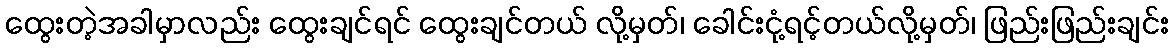
ထွေးတဲ့အခါမှာလည်း ထွေးချင်ရင် ထွေးချင်တယ် လို့မှတ်၊ ခေါင်းငုံ့ရင့်တယ်လို့မှတ်၊ ဖြည်းဖြည်းချင်း